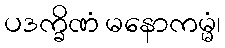
ပဒက္ခိဏံ မနောကမ္မံ၊